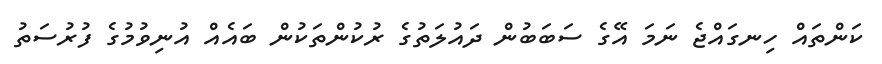
ކަންތައް ހިނގައްޖެ ނަމަ އޭގެ ސަބަބުން ދައުލަތުގެ ރުކުންތަކުން ބައެއް އުނިވުމުގެ ފުރުސަތު